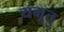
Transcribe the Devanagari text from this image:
यमूतु